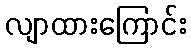
လျာထားကြောင်း